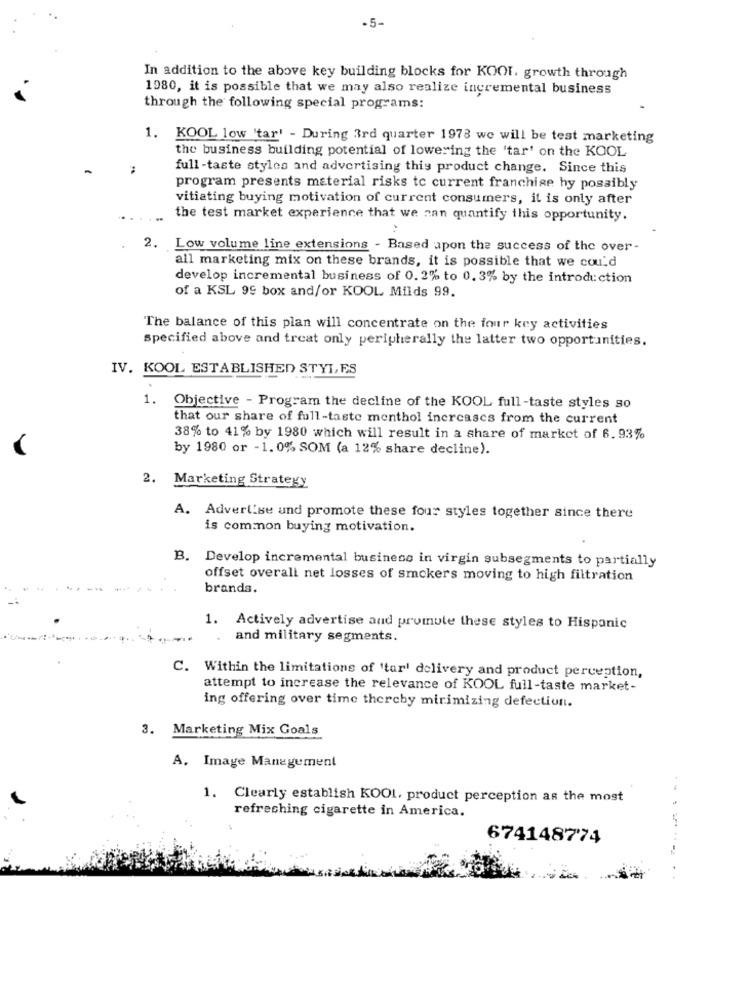
-5-
In addition to the above key building blocks for KOOL, growth through
1980, it is possible that we may also realize incremental business
through the following special programs:
1. KOOL low 'tar' - During 3rd quarter 1978 we will be test marketing
the business building potential of lowering the 'tar' on the KOOL
full -taste styles and advertising this product change. Since this
program presents material risks to current franchise hy possibly
vitiating buying motivation of current consumers, it is only after
the test market experience that we can quantify this opportunity.
:
2. Low volume line extensions - Based apon the success of the over-
all marketing mix on these brands, it is possible that we could
develop incremental business of 0. 2% to 0. 3% by the introduction
of a KSL 99 box and/or KOOL Milds 99.
The balance of this plan will concentrate on the four key activities
Specified above and treat only peripherally the latter two opportunities.
IV. KOOL ESTABLISHED STYLES
1. Objective - Program the decline of the KOOL full-taste styles so
that our share of full-taste menthol increases from the current
38% to 41% by 1980 which will result in a share of market of 6.93%
by 1980 or -1.0% SOM (a 12% share decline).
2. Marketing Strategy
A. Advertise und promote these four styles together since there
is common buying motivation.
B. Develop incremental business in virgin subsegments to partially
offset overall net losses of smokers moving to high filtration
brands.
1. Actively advertise and promule these styles to Hispanic
and military segments.
C. Within the limitations of 'tar' delivery and product perception,
attempt to increase the relevance of KOOL full-taste market-
ing offering over time thereby mirimizing defection.
3. Marketing Mix Goals
A. Image Management
1. Clearly establish KOOL, product perception as the most
refreshing cigarette in America.
6741487'74